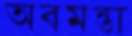
অবমন্তা